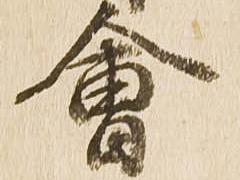
会